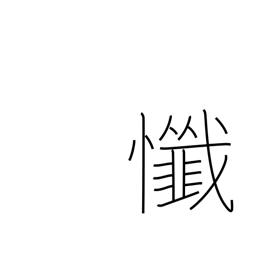
Meaning: repent